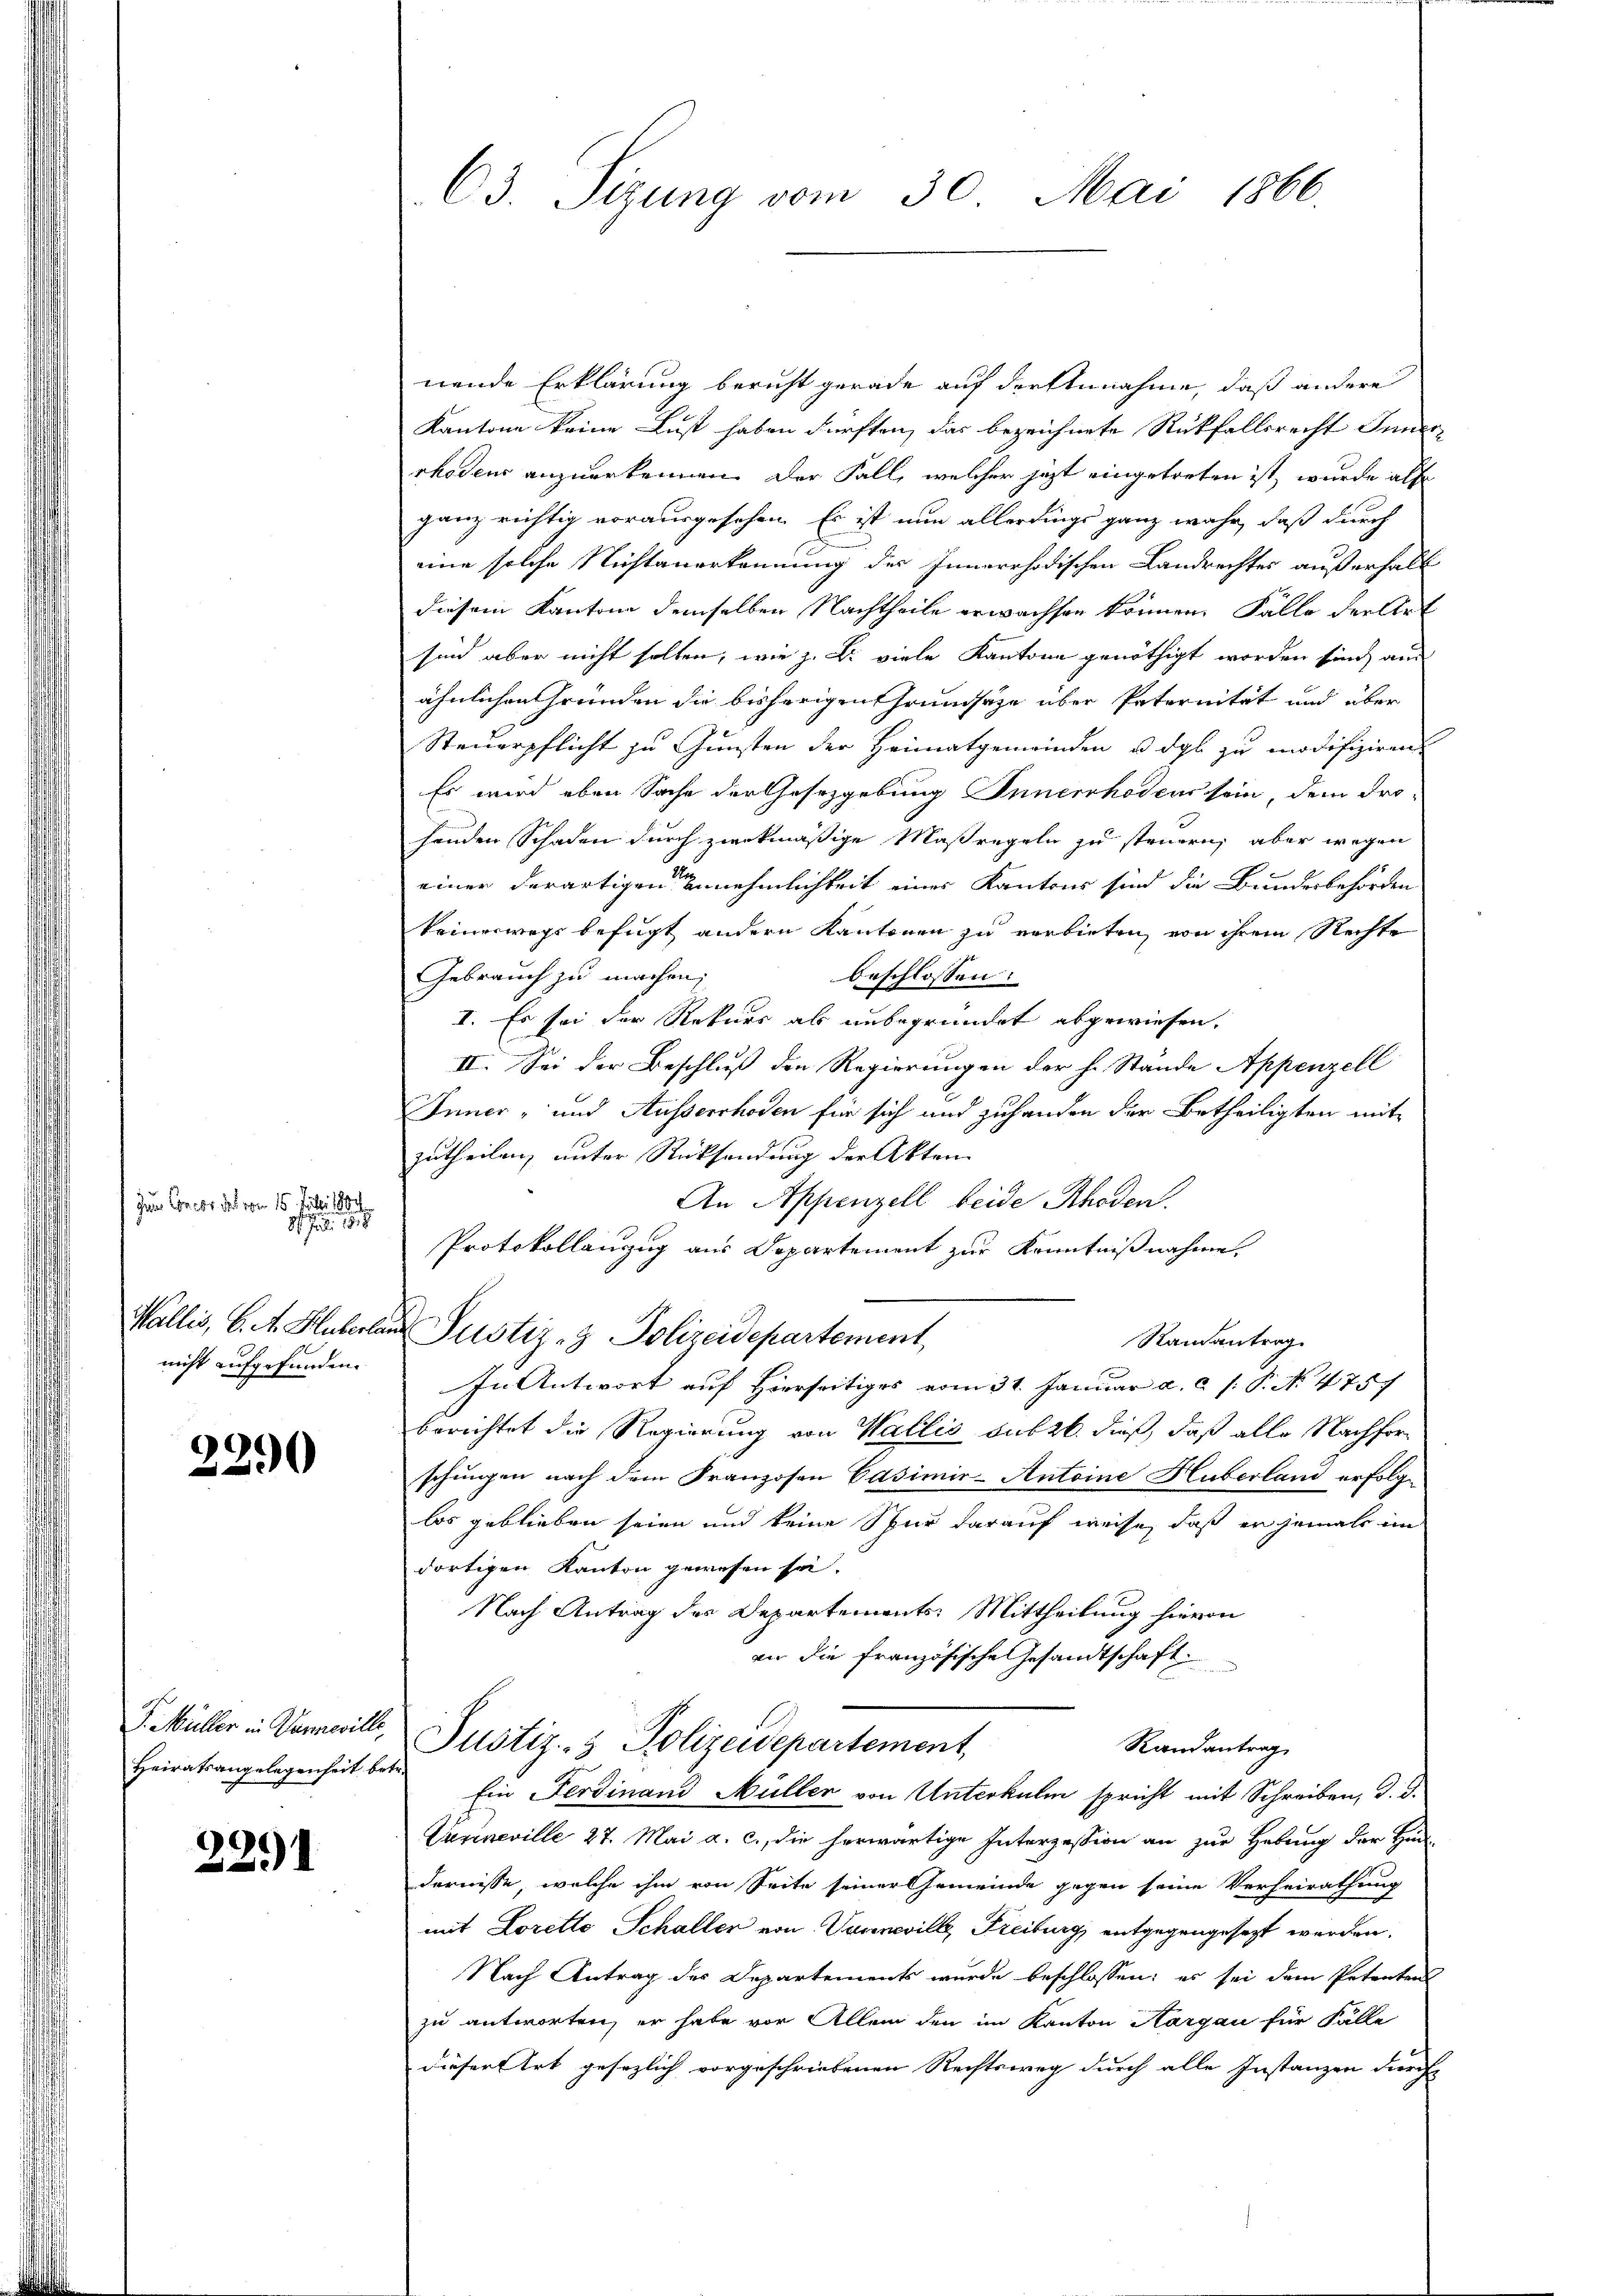
Zum Concer 5 von 15. Juli
8 J. 18
nicht aufgefunden.

2290

Heiratsangelegenheit betr.

2291

nende Erklärung bericht gerade auf der Annahme, daß andere
Kantone keine Lust haben dürften, das bezeichnete Rückfallsrecht Inner
rhodens anzuerkennen. Der Fall, welcher jetzt eingetreten ist, wurde als
ganz richtig vorausgesehen. Es ist nun allerdings ganz wahr, daß durch
eine solche Nichtanerkennung des Innerrhodischen Landrechtes außerhalt
diesem Kantone demselben Nachtheile erwachsen können. Fälle der Art
sind aber nicht solten, wie z. B. viele Kantone genöthigt worden sind, aus
ähnlichen Gründen die bisherigen Grundsätze über Peternität und über
Steuerpflicht zu Gunsten der Heimatgemeinden u das zu modifiziren
Es wird eben Sache der Gesetzgebung Innerrhodens sein, dem Prohenden Schaden durch zwekmäßige Maßregeln zu steuern, aber wegen
einer derartigen annehmlichkeit eines Kantons sind die Bundesbehörden
keineswegs befugt andern Kantonen zu verbieten, von ihrem Rechte
Gebrauch zu machen,
beschlossen:
I. Es sei der Rekurs als unbegründet abgewiesen.
II. Sei der Beschluß den Regierungen der h. Stande Appenzell
Inner- und Ausserrhoden für sich und zuhanden der Betheiligten mit
zutheilen, unter Rücksendung der Akten
An Appenzell beide Rhoden.
Protokollanzug aus Departement zur Kenntnißnahme.
Wallis, C. A. Huberlan Justiz- & Polizeidepartement,
Randantrag
In Antwort auf Hierseitiges vom 31. Januar a. c. /: P. No 475 7
berichtet die Regierung von Wallis subzb. dieß, daß alle Nachforschungen nach dem Franzosen Casimis-Antoine Huberland erfolg
los geblieben seien und keine Spur darauf weise, daß er jemals im
dortigen Kanton gewesen sei.
Nach Antrag des Departements: Mittheilung hievon
vor die französische Gesandtschaft
J. Müller in Sameille Justiz- & Polizeidepartement,
Randantrag.
Ein Ferdinand Müller von Unterkulin spricht mit Schreiben, d. d.
Vurneville 27. Mai a. c., die herwärtige Interzession an zur Hebung der Hindernisse, welche ihm von Seite seiner Gemeinde gegen seine Verheirathung
mit Loretto Schaller von Vaseneville Freiburg, entgegengesezt werden.
Nach Antrag des Departements wurde beschlossen: es sei dem Petentens
zu antworten, er habe vor Allem den im Kanton Aargau für Fälle
dieser Art gesezlich vorgeschriebenen Rechtsweg durch alle Instanzen durch

C3. Sitzung vom 30. Mai 1866.